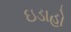
ઇડાહો